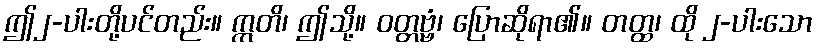
ဤ၂-ပါးတို့ပင်တည်း။ ဣတိ၊ ဤသို့။ ဝတ္တဗ္ဗံ၊ ပြောဆိုရာ၏။ တတ္ထ၊ ထို ၂-ပါးသော